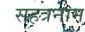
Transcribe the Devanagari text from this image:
सहत्रनाम